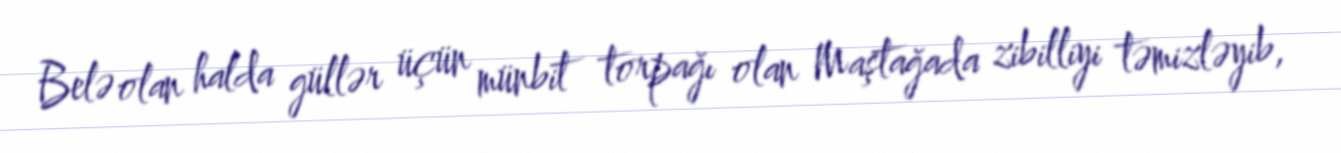
Belə olan halda güllər üçün münbit torpağı olan Maştağada zibilliyi təmizləyib,